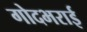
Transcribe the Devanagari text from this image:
गोदभराई